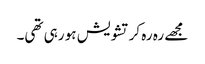
مجھے رہ رہ کر تشویش ہو رہی تھی۔